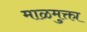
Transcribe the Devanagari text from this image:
माळमुक्ता